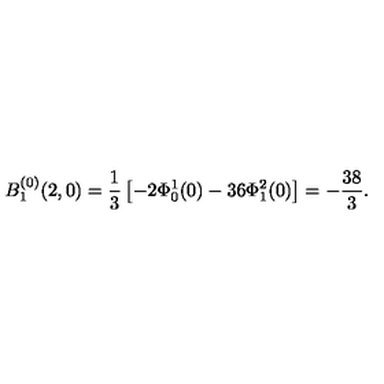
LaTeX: B _ { 1 } ^ { ( 0 ) } ( 2 , 0 ) = \frac { 1 } { 3 } \left[ - 2 \Phi _ { 0 } ^ { 1 } ( 0 ) - 3 6 \Phi _ { 1 } ^ { 2 } ( 0 ) \right] = - \frac { 3 8 } { 3 } .